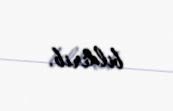
bildirib.